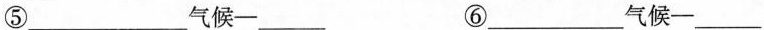
⑤___气候—___ ⑥___气候—___